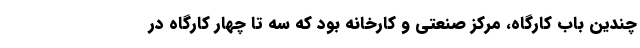
چندین باب کارگاه، مرکز صنعتی و کارخانه بود که سه تا چهار کارگاه در